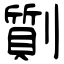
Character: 劕